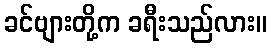
ခင်ဗျားတို့က ခရီးသည်လား။